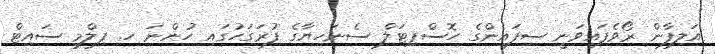
އަލިފާން ރޯވެފައިވަނީ ސިފައިންގެ ހޮސްޕިޓަލް ސެނަހިޔާގެ ފުރަގަހުގައި ހުންނަ ހ. ފިލްމީ ސައިޓް